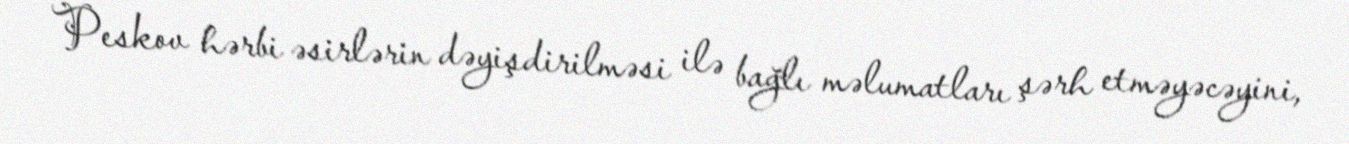
Peskov hərbi əsirlərin dəyişdirilməsi ilə bağlı məlumatları şərh etməyəcəyini,